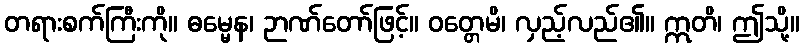
တရားစက်ကြီးကို။ ဓမ္မေန၊ ဉာဏ်တော်ဖြင့်။ ဝတ္တေမိ၊ လှည့်လည်၏။ ဣတိ၊ ဤသို့။